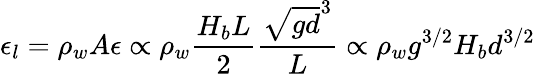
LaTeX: \epsilon_{l}=\rho_{w}A\epsilon\propto\rho_{w}\frac{H_{b}L}{2}\frac{\sqrt{gd}^{3}}{L}\propto\rho_{w}g^{3/2}H_{b}d^{3/2}